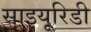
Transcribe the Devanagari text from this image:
साइयूरिडी